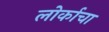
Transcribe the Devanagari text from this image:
लोर्काचा